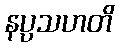
နပ္ပသဟတိ